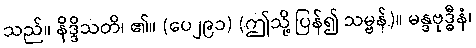
သည်။ နိဒ္ဒိသတိ၊ ၏။ (ပေ၂၉၁) (ဤသို့ ပြန်၍ သမ္ဗန်)။ မန္ဒဗုဒ္ဓီနံ၊